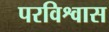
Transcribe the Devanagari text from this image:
परविश्वास